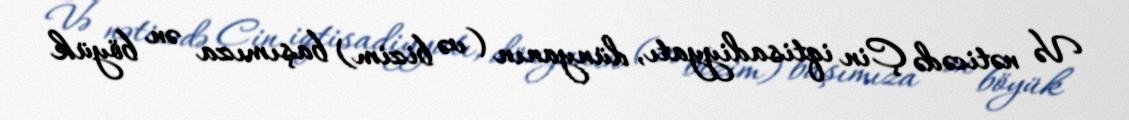
Və nəticədə Çin iqtisadiyyatı, dünyanın (və bizim) başımıza ən böyük